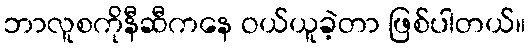
ဘာလူစကိုနီဆီကနေ ဝယ်ယူခဲ့တာ ဖြစ်ပါတယ်။